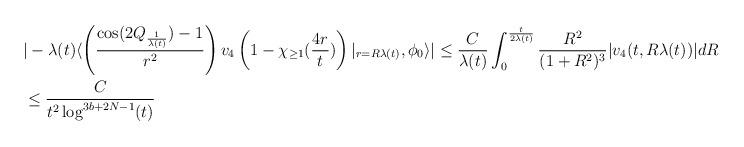
LaTeX: \begin{align*} &|-\lambda(t) \langle \left(\frac{\cos(2Q_{\frac{1}{\lambda(t)}})-1}{r^{2}}\right)v_{4}\left(1-\chi_{\geq 1}(\frac{4r}{t})\right)\vert_{r=R\lambda(t)},\phi_{0}\rangle|\leq \frac{C}{\lambda(t)} \int_{0}^{\frac{t}{2 \lambda(t)}} \frac{R^{2}}{(1+R^{2})^{3}} |v_{4}(t,R\lambda(t))| dR\\&\leq \frac{C}{t^{2}\log^{3b+2N-1}(t)}\end{align*}